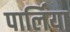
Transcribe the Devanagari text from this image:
पार्लिया